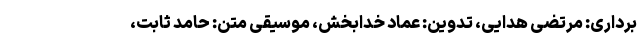
‌برداری: مرتضی هدایی، تدوین‌: عماد خدابخش، موسیقی متن: حامد ثابت،